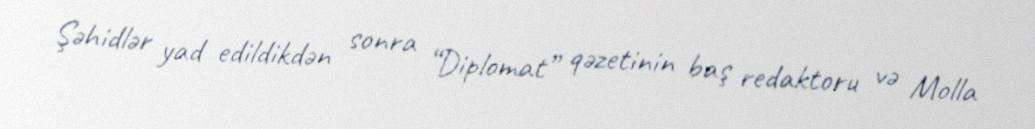
Şəhidlər yad edildikdən sonra “Diplomat” qəzetinin baş redaktoru və Molla